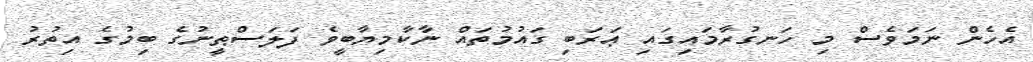
އެހެން ނަމަވެސް މި ހަނގުރާމައިގައި ޢަރަބި ގައުމުތައް ނާކާމިޔާބީވެ ފަލަސްޠީނުގެ ބިމުގެ އިތުރު